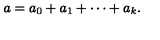
a = a _ { 0 } + a _ { 1 } + \cdots + a _ { k } .